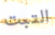
التبت